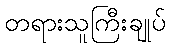
တရားသူကြီးချုပ်